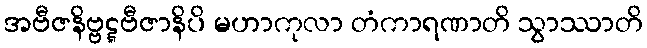
အဗီဇနိဗ္ဗဋ္ဋဗီဇာနိပိ မဟာကုလာ တံကာရဏာတိ သွာဿာတိ